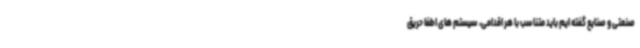
صنعتی و صنایع گفته ایم باید متناسب با هر اقدامی، سیستم های اطفا حریق